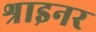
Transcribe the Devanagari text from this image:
श्राइनर